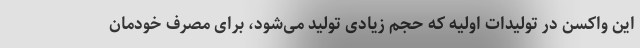
این واکسن در تولیدات اولیه که حجم زیادی تولید می‌شود، برای مصرف خودمان